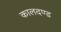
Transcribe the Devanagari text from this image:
कालदण्ड